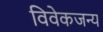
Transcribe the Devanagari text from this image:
विवेकजन्य